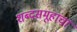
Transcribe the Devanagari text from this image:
शब्दसमूहांचा